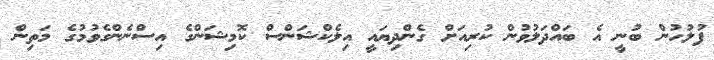
ފުލުހުން ބުނީ އެ ބައްދަލުވުން ކުރިއަށް ގެންދިޔައީ އިލެކްޝަންސް ކޮމިޝަންގެ އިސްނެންގެވުމުގެ މަތިން